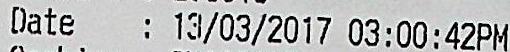
DATE: 13/03/2017 03:00:42PM